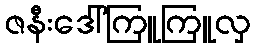
ဇနီးဒေါ်ကြူကြူလှ